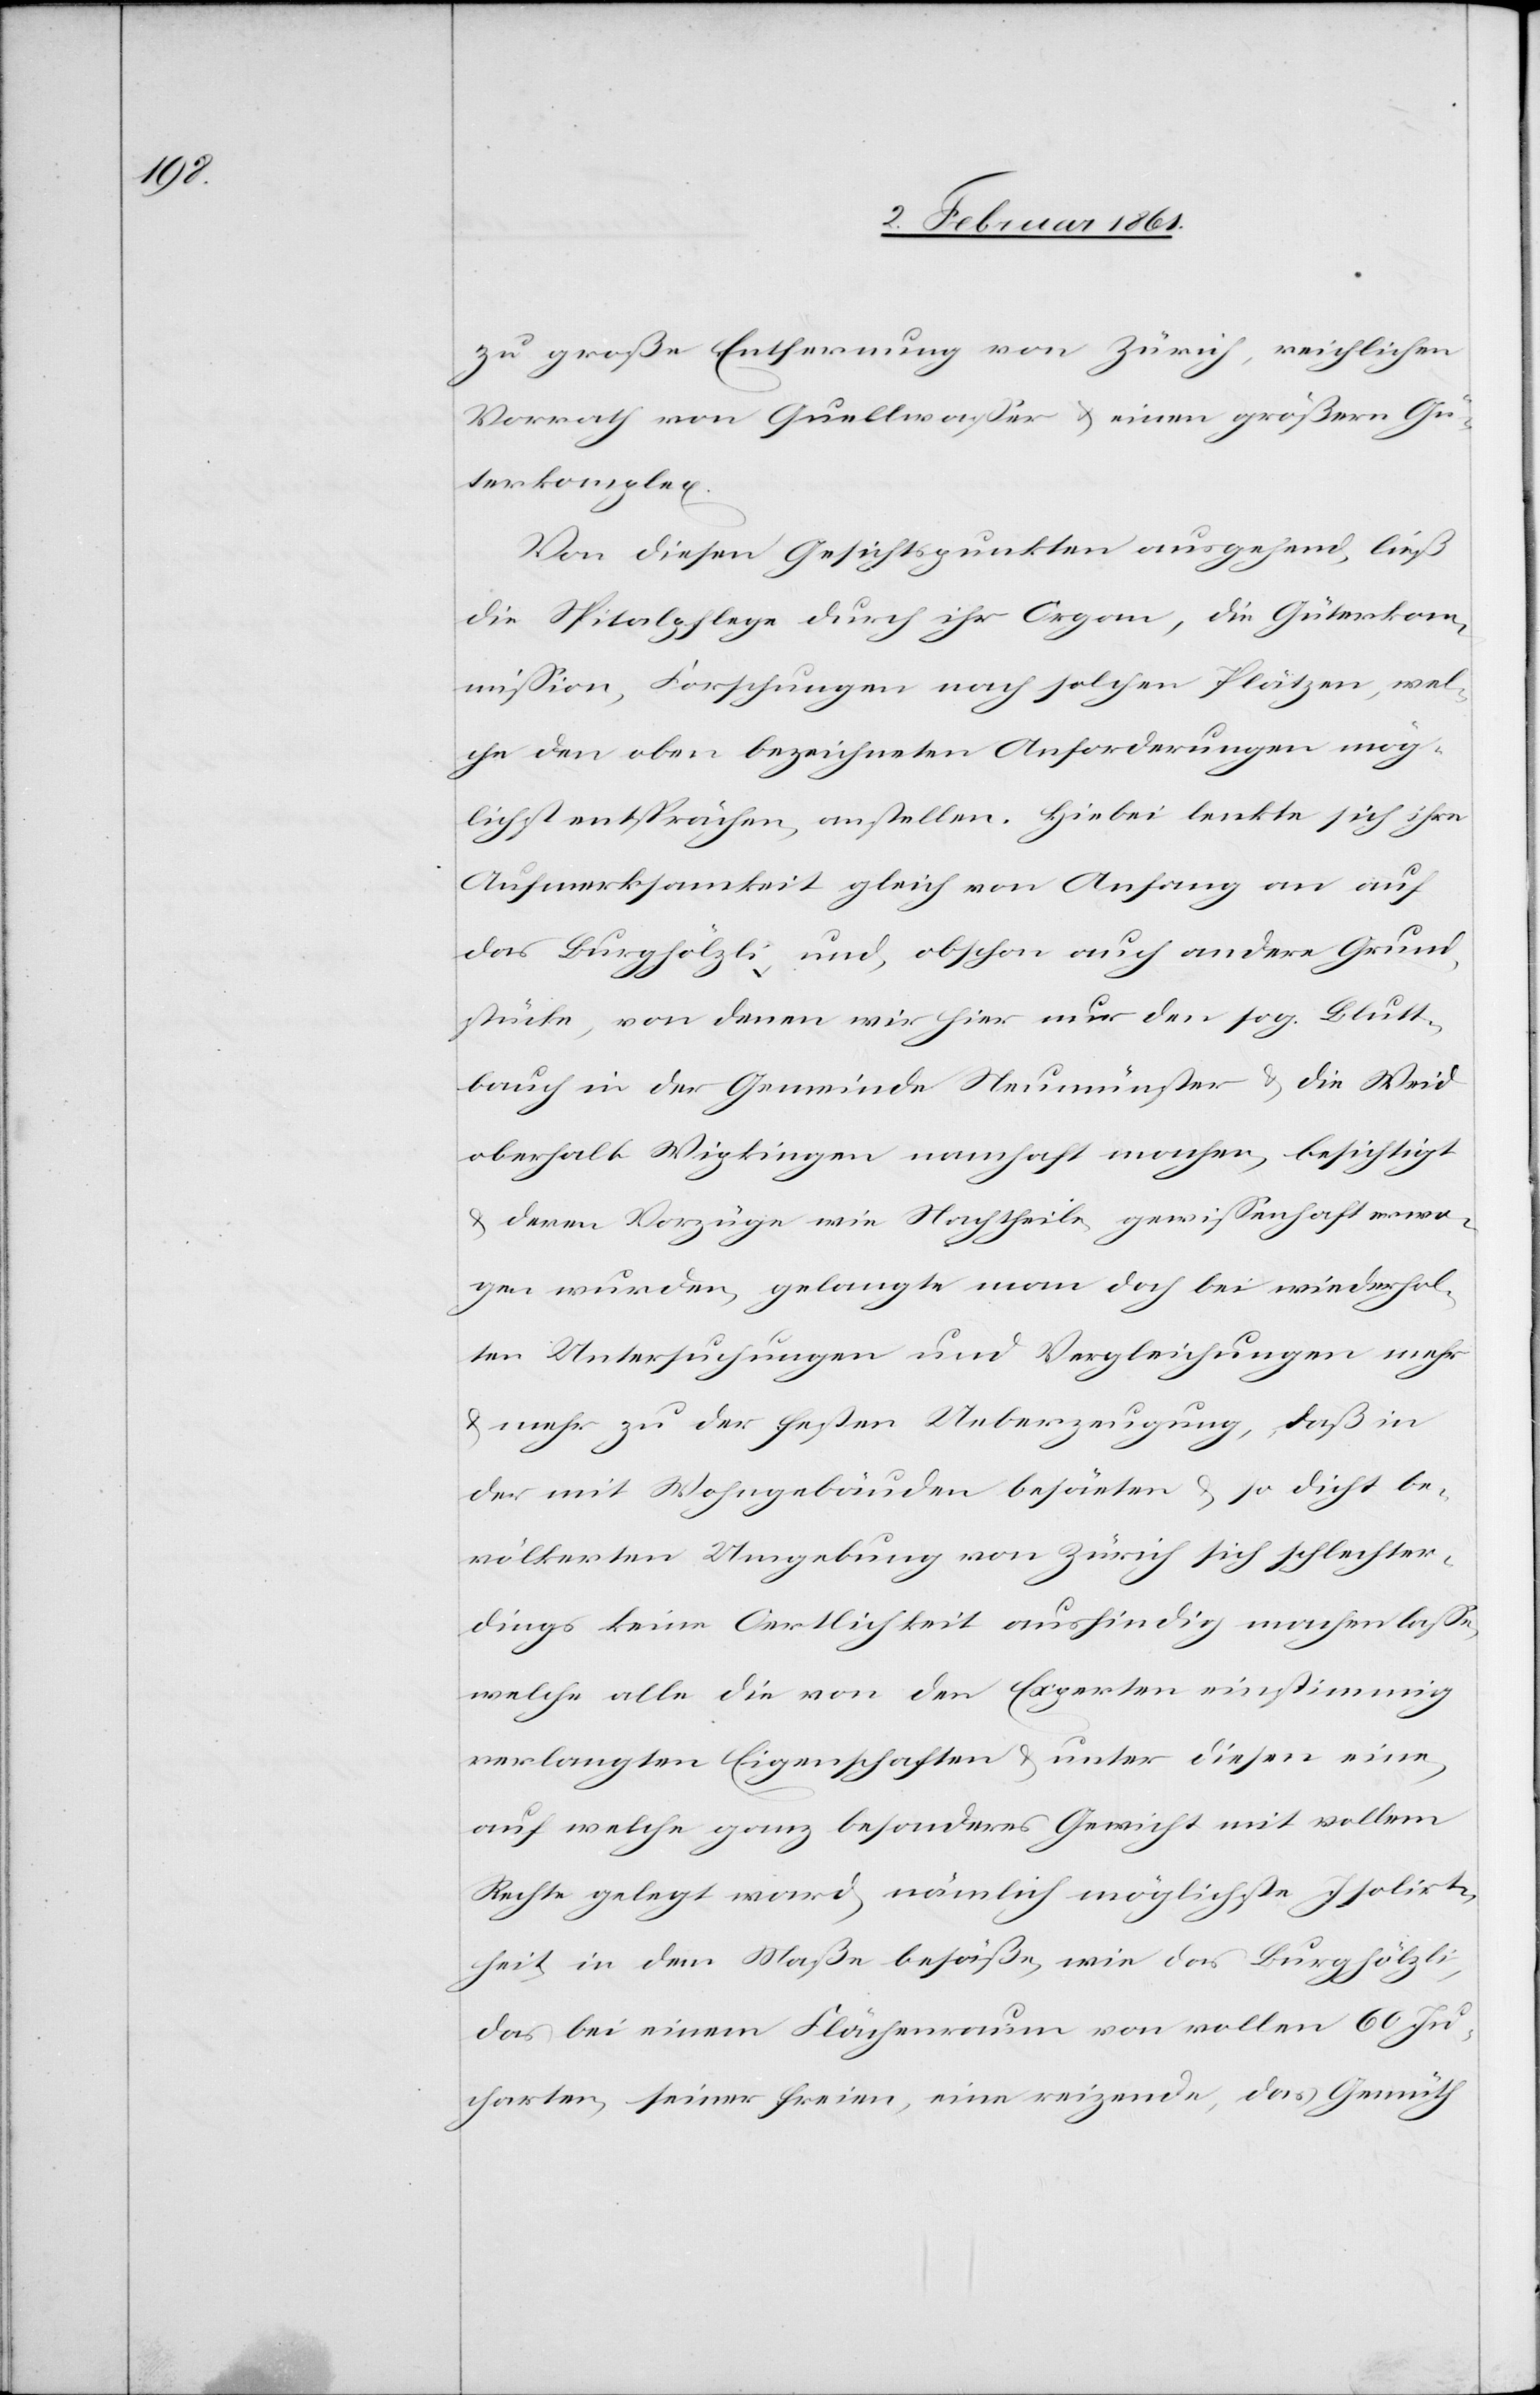
zu große Entfernung von Zürich, reichlichen
Vorrath von Quellwasser u. einen größern Gü¬
terkomplex.
Von diesen Gesichtspunkten ausgehend, ließ
die Spitalpflege durch ihr Organ, die Güterkom¬
mission, Forschungen nach solchen Plätzen, wel¬
che den oben bezeichneten Anforderungen mög¬
lichst entsprächen, anstellen. Hiebei lenkte sich ihre
Aufmerksamkeit gleich von Anfang an auf
das Burghölzli, und, obschon auch andere Grund¬
stücke, von denen wir hier nur den sog. Blutt¬
bauch in der Gemeinde Neumünster u. die Weid
oberhalb Wipkingen namhaft machen, besichtigt
u. deren Vorzüge wie Nachtheile gewissenhaft erwo¬
gen wurden, gelangte man doch bei wiederhol¬
ten Untersuchungen und Vergleichungen mehr
u. mehr zu der festen Ueberzeugung, daß in
der mit Wohngebäuden besärten [sic!] u. so dicht be¬
völkerten Umgebung von Zürich sich schlechter¬
dings keine Oertlichkeit ausfindig machen lasse,
welche alle die von den Experten einstimmig
verlangten Eigenschaften u. unter diesen eine,
auf welche ganz besonderes Gewicht mit vollem
Rechte gelegt ward, nämlich möglichst Isolirt¬
heit in dem Maße besäße, wie das Burghölzli,
das bei einem Flächenraum von vollen 60 Ju¬
charten, seiner freien, eine reizende, das Gemüth